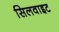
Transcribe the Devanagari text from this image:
सिलवाइट